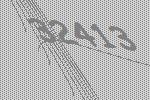
32413